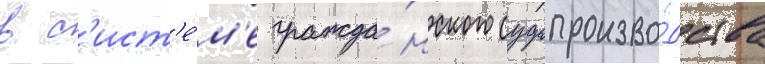
в с'ист'е́м'е гражда́нского судопроизво́дства